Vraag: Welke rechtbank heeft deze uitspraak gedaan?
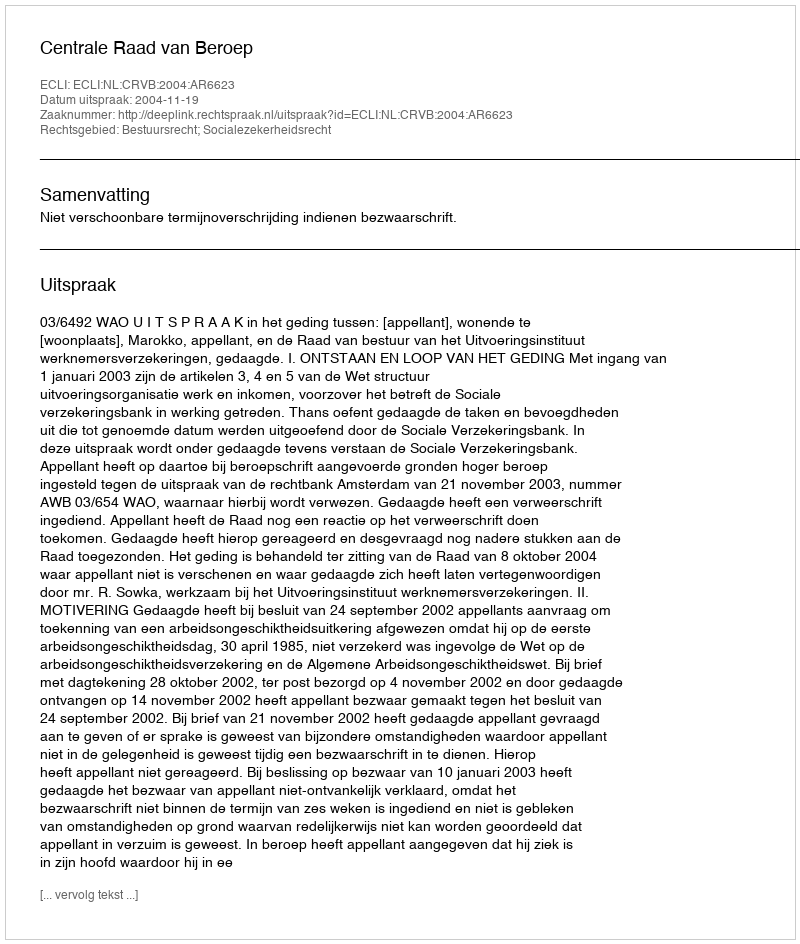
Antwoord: Centrale Raad van Beroep